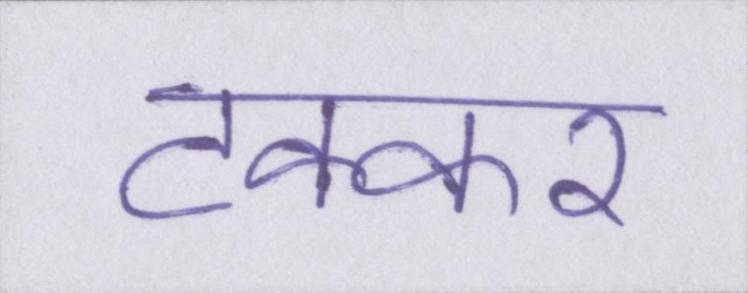
टक्कर